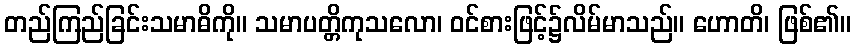
တည်ကြည်ခြင်းသမာဓိကို။ သမာပတ္တိကုသလော၊ ဝင်စားဖြင့်၌လိမ်မာသည်။ ဟောတိ၊ ဖြစ်၏။